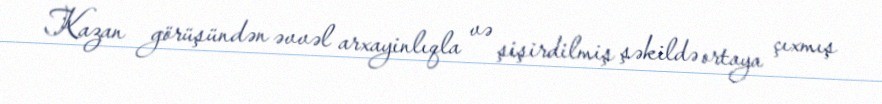
Kazan görüşündən əvvəl arxayinlıqla və şişirdilmiş şəkildə ortaya çıxmış